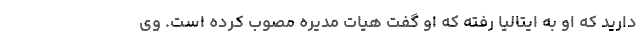
دارید که او به ایتالیا رفته که او گفت هیات مدیره مصوب کرده است. وی